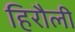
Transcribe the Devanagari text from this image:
हिरौली